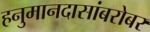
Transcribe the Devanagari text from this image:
हनुमानदासांबरोबर